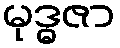
မုဒ္ဓဇာ